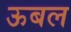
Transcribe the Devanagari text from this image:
ऊबल